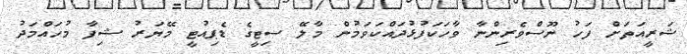
ޝަރީއަތަށް ފަހު ނޫސްވެރިންނާ ވާހަކަފުޅުދައްކަވަމުން މާލޭ ސިޓީގެ ޑެޕިއުޓީ މޭޔަރު ޝިފާ މުހައްމަދު